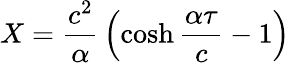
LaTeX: X={\frac{c^{2}}{\alpha}}\left(\cosh{\frac{\alpha\tau}{c}}-1\right)